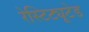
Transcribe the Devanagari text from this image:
रेस्टिट्यूटेड